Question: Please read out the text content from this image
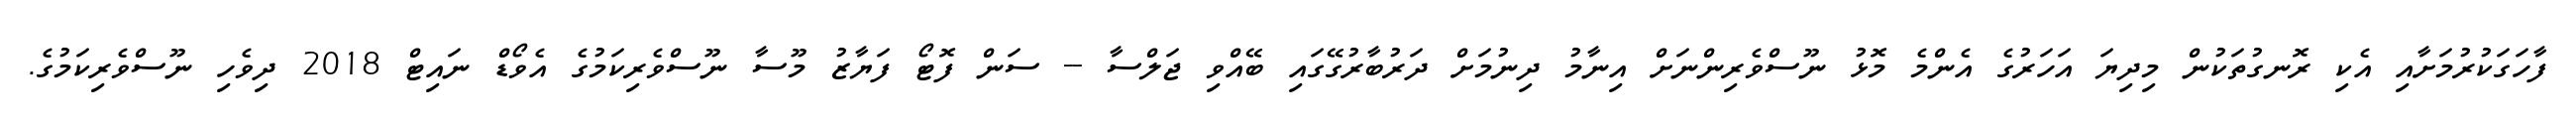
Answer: ފާހަގަކުރުމަށާއި އެކި ރޮނގުތަކުން މިދިޔަ އަހަރުގެ އެންމެ މޮޅު ނޫސްވެރިންނަށް އިނާމު ދިނުމަށް ދަރުބާރުގޭގައި ބޭއްވި ޖަލްސާ -- ސަން ފޮޓޯ ފަޔާޒު މޫސާ ނޫސްވެރިކަމުގެ އެވޯޑް ނައިޓް 2018 ދިވެހި ނޫސްވެރިކަމުގެ.